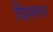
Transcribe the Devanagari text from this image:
दिल्लन